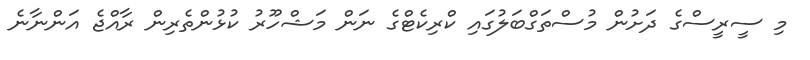
މި ސީރީސްގެ ދަށުން މުސްތަގްބަލުގައި ކްރިކެޓްގެ ނަން މަޝްހޫރު ކުޅުންތެރިން ރާއްޖެ އަންނާނެ